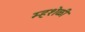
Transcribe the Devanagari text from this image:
म्हशेळी